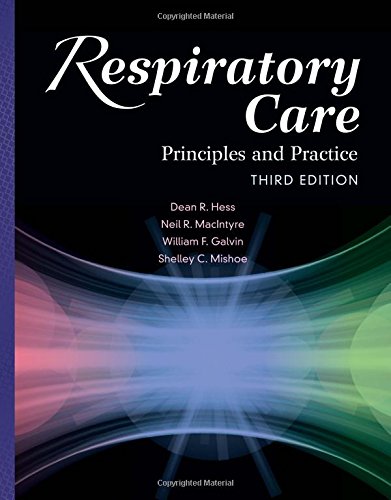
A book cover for Respiratory Care: Principles And Practice; Dean R. Hess; Medical Books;